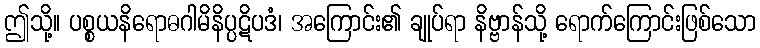
ဤသို့။ ပစ္စယနိရောဓဂါမိနိပ္ပဋိပဒံ၊ အကြောင်း၏ ချုပ်ရာ နိဗ္ဗာန်သို့ ရောက်ကြောင်းဖြစ်သော